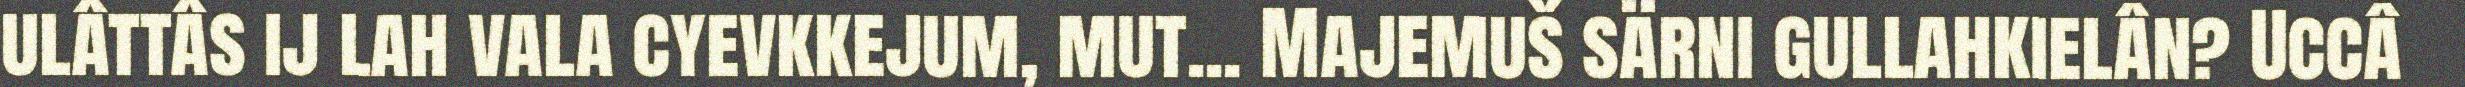
ulâttâs ij lah vala cyevkkejum, mut... Majemuš särni gullahkielân? Uccâ